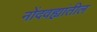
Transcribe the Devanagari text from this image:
नोंदवह्यांतील